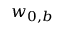
w _ { 0 , b }